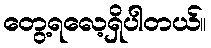
တွေ့ရလေ့ရှိပါတယ်။